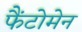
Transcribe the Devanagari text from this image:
फैंटोमेन